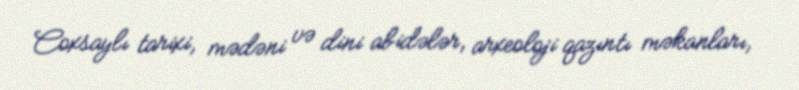
Coxsaylı tarixi, mədəni və dini abidələr, arxeoloji qazıntı məkanları,